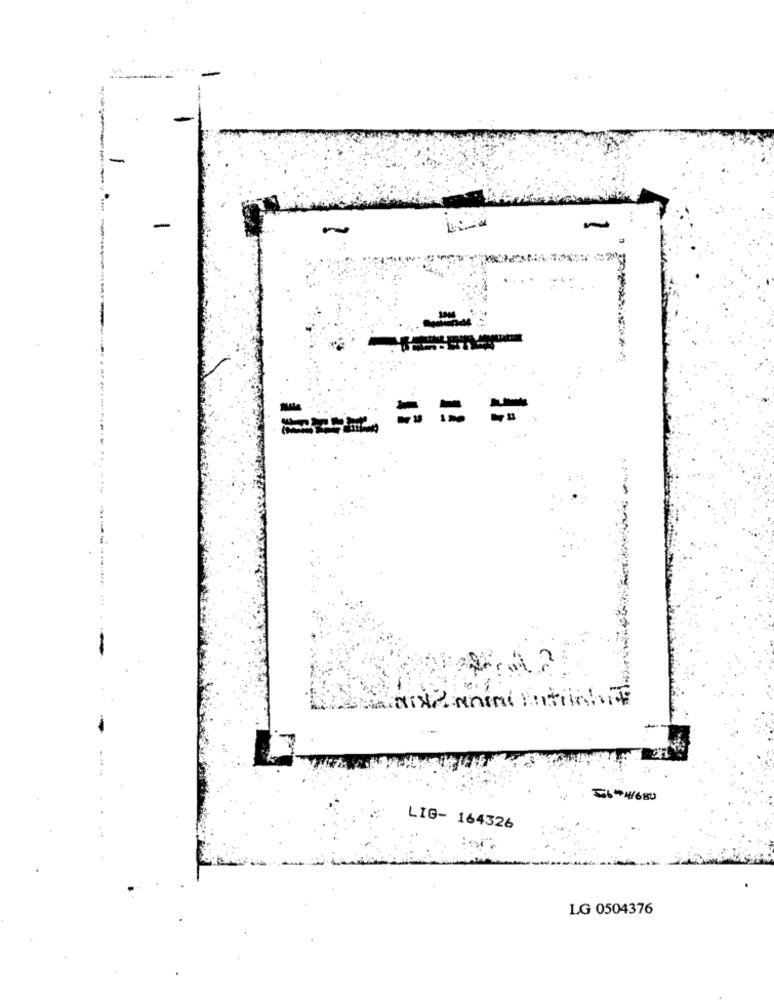
-
-
...
==-
556 #4/680
LIG- 164326
LG 0504376